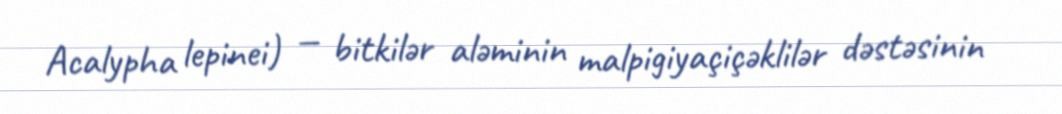
Acalypha lepinei) — bitkilər aləminin malpigiyaçiçəklilər dəstəsinin